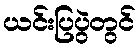
ယင်းပြပွဲတွင်